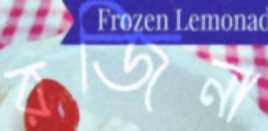
রজিনা